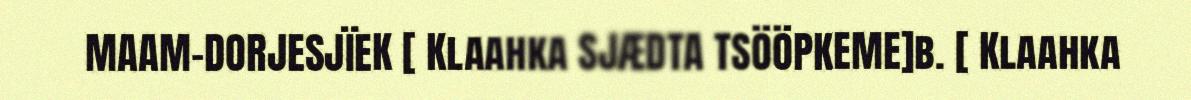
MAAM-DORJESJÏEK [ Klaahka SJÆDTA TSÖÖPKEME]b. [ Klaahka